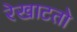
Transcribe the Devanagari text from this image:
रेखाटतो